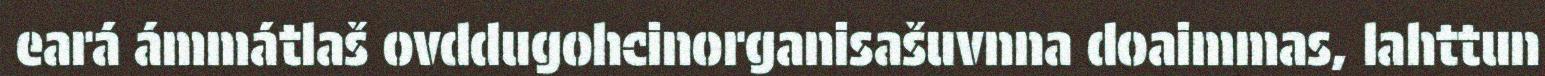
eará ámmátlaš ovddugohcinorganisašuvnna doaimmas, lahttun